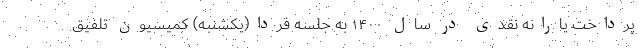
پرداخت یارانه نقدی در سال ١۴٠٠ به جلسه فردا(یکشنبه) کمیسیون‌ تلفیق